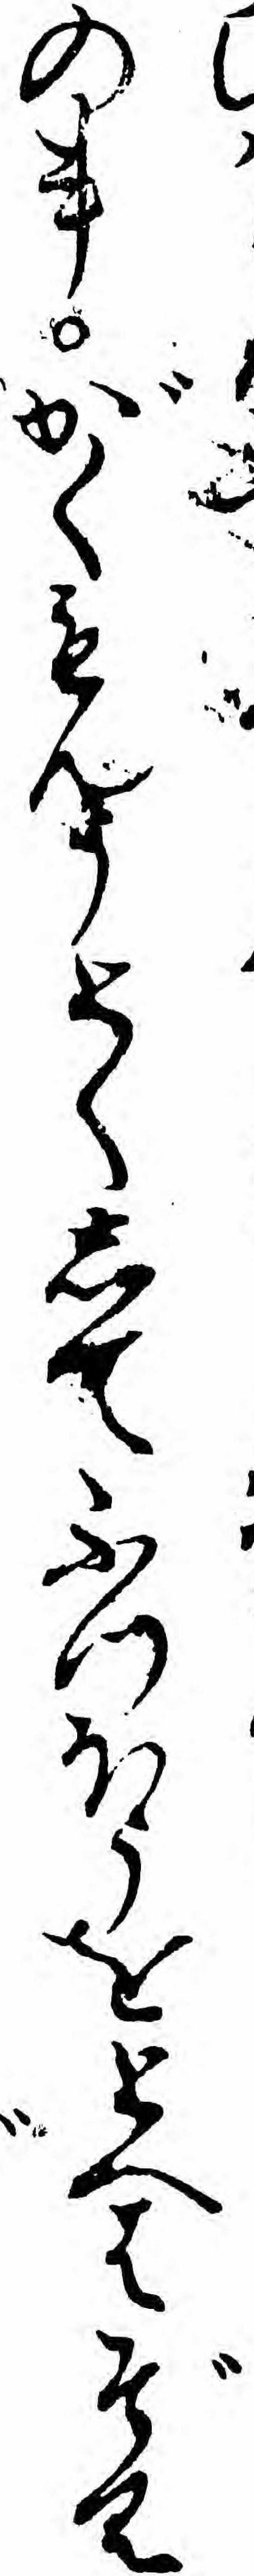
の事がくもんうとくしてふつほうをとへはぞく